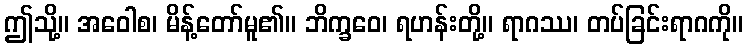
ဤသို့။ အဝေါစ၊ မိန့်တော်မူ၏။ ဘိက္ခဝေ၊ ရဟန်းတို့။ ရာဂဿ၊ တပ်ခြင်းရာဂကို။